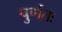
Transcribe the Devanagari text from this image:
पुर्णतः